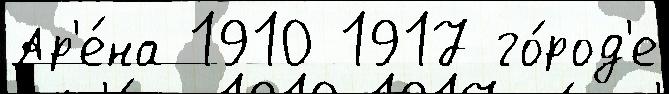
Ар'е́на 1910 1917 го́род'е